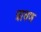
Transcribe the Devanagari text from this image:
त्रावण